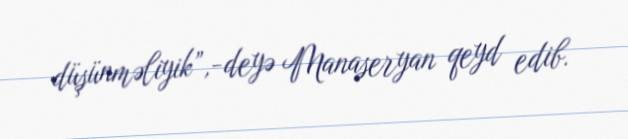
düşünməliyik”,-deyə Manaseryan qeyd edib.